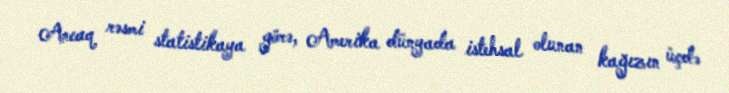
Ancaq rəsmi statistikaya görə, Amerika dünyada istehsal olunan kağızın üçdə